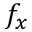
f _ { x }